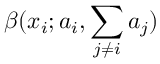
\beta ( x _ { i } ; a _ { i } , \sum _ { j \neq i } a _ { j } )